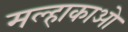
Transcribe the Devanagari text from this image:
मल्हाकाओ